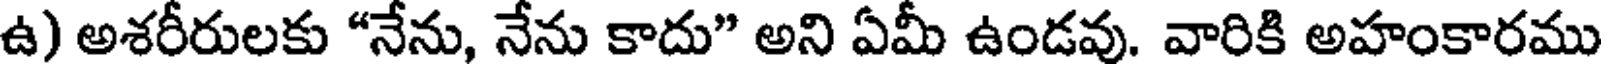
ఉ) అశరీరులకు "నేను, నేను కాదు" అని ఏమీ ఉండవు. వారికి అహంకారము